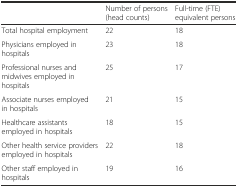
<table><thead><tr><td></td><td><b>Number of persons (head counts)</b></td><td><b>Full-time (FTE) equivalent persons</b></td></tr></thead><tbody><tr><td>Total hospital employment</td><td>22</td><td>18</td></tr><tr><td>Physicians employed in hospitals</td><td>23</td><td>18</td></tr><tr><td>Professional nurses and midwives employed in hospitals</td><td>25</td><td>17</td></tr><tr><td>Associate nurses employed in hospitals</td><td>21</td><td>15</td></tr><tr><td>Healthcare assistants employed in hospitals</td><td>18</td><td>15</td></tr><tr><td>Other health service providers employed in hospitals</td><td>22</td><td>18</td></tr><tr><td>Other staff employed in hospitals</td><td>19</td><td>16</td></tr></tbody></table>